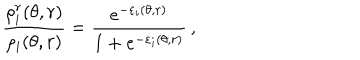
\frac { \rho _ { i } ^ { r } ( \theta , r ) } { \rho _ { i } ( \theta , r ) } = \frac { e ^ { - \varepsilon _ { i } ( \theta , r ) } } { 1 + e ^ { - \varepsilon _ { i } ( \theta , r ) } } \, ,